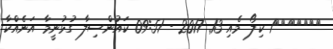
>>>>>>>1 ކިލޯ މެއި 13